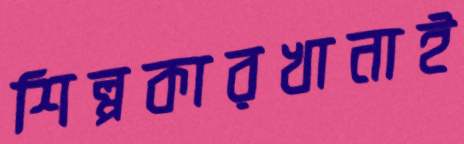
শিল্পকারখানাই